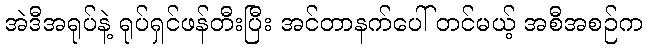
အဲဒီအရုပ်နဲ့ ရုပ်ရှင်ဖန်တီးပြီး အင်တာနက်ပေါ် တင်မယ့် အစီအစဉ်က